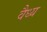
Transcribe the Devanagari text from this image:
वैध्य